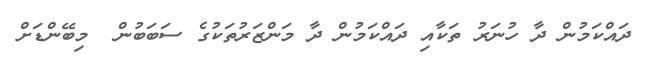
ދައްކަމުން ދާ ހުނަރު ތަކާއި ދައްކަމުން ދާ މަންޒަރުތަކުގެ ސަބަބުން  މިބޭންޑަށް